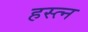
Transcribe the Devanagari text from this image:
हस्त्न